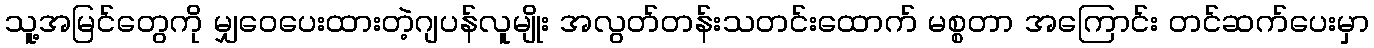
သူ့အမြင်တွေကို မျှဝေပေးထားတဲ့ဂျပန်လူမျိုး အလွတ်တန်းသတင်းထောက် မစ္စတာ အကြောင်း တင်ဆက်ပေးမှာ